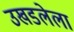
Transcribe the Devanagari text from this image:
उखडलेला